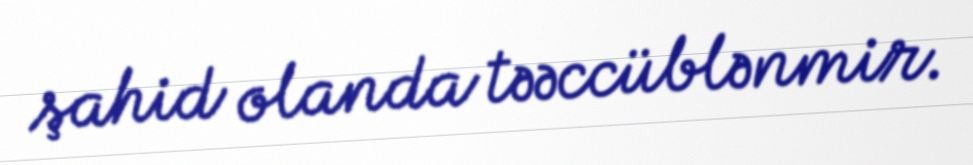
şahid olanda təəccüblənmir.